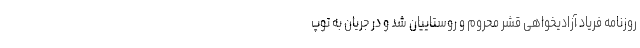
روزنامه فریاد آزادیخواهی قشر محروم و روستاییان شد و در جریان به توپ